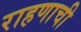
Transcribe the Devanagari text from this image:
राहणाची